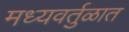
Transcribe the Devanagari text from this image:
मध्यवर्तुळात